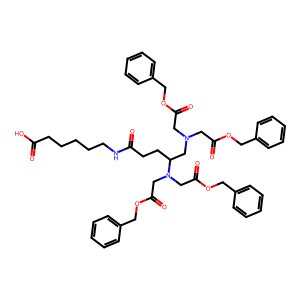
SMILES: O=C(O)CCCCCNC(=O)CCC(CN(CC(=O)OCc1ccccc1)CC(=O)OCc1ccccc1)N(CC(=O)OCc1ccccc1)CC(=O)OCc1ccccc1
Inhibits HIV replication: No